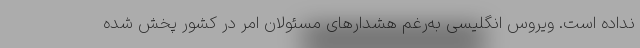
نداده است. ویروس انگلیسی به‌رغم هشدارهای مسئولان امر در کشور پخش شده